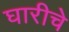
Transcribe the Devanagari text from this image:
घारीचे